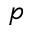
p